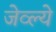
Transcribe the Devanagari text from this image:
जेव्ल्ये